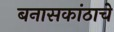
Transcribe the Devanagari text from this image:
बनासकांठाचे